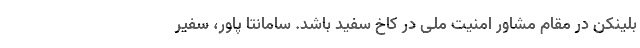
بلینکن در مقام مشاور امنیت ملی در کاخ سفید باشد. سامانتا پاور، سفیر